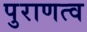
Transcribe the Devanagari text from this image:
पुराणत्व